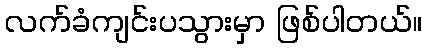
လက်ခံကျင်းပသွားမှာ ဖြစ်ပါတယ်။